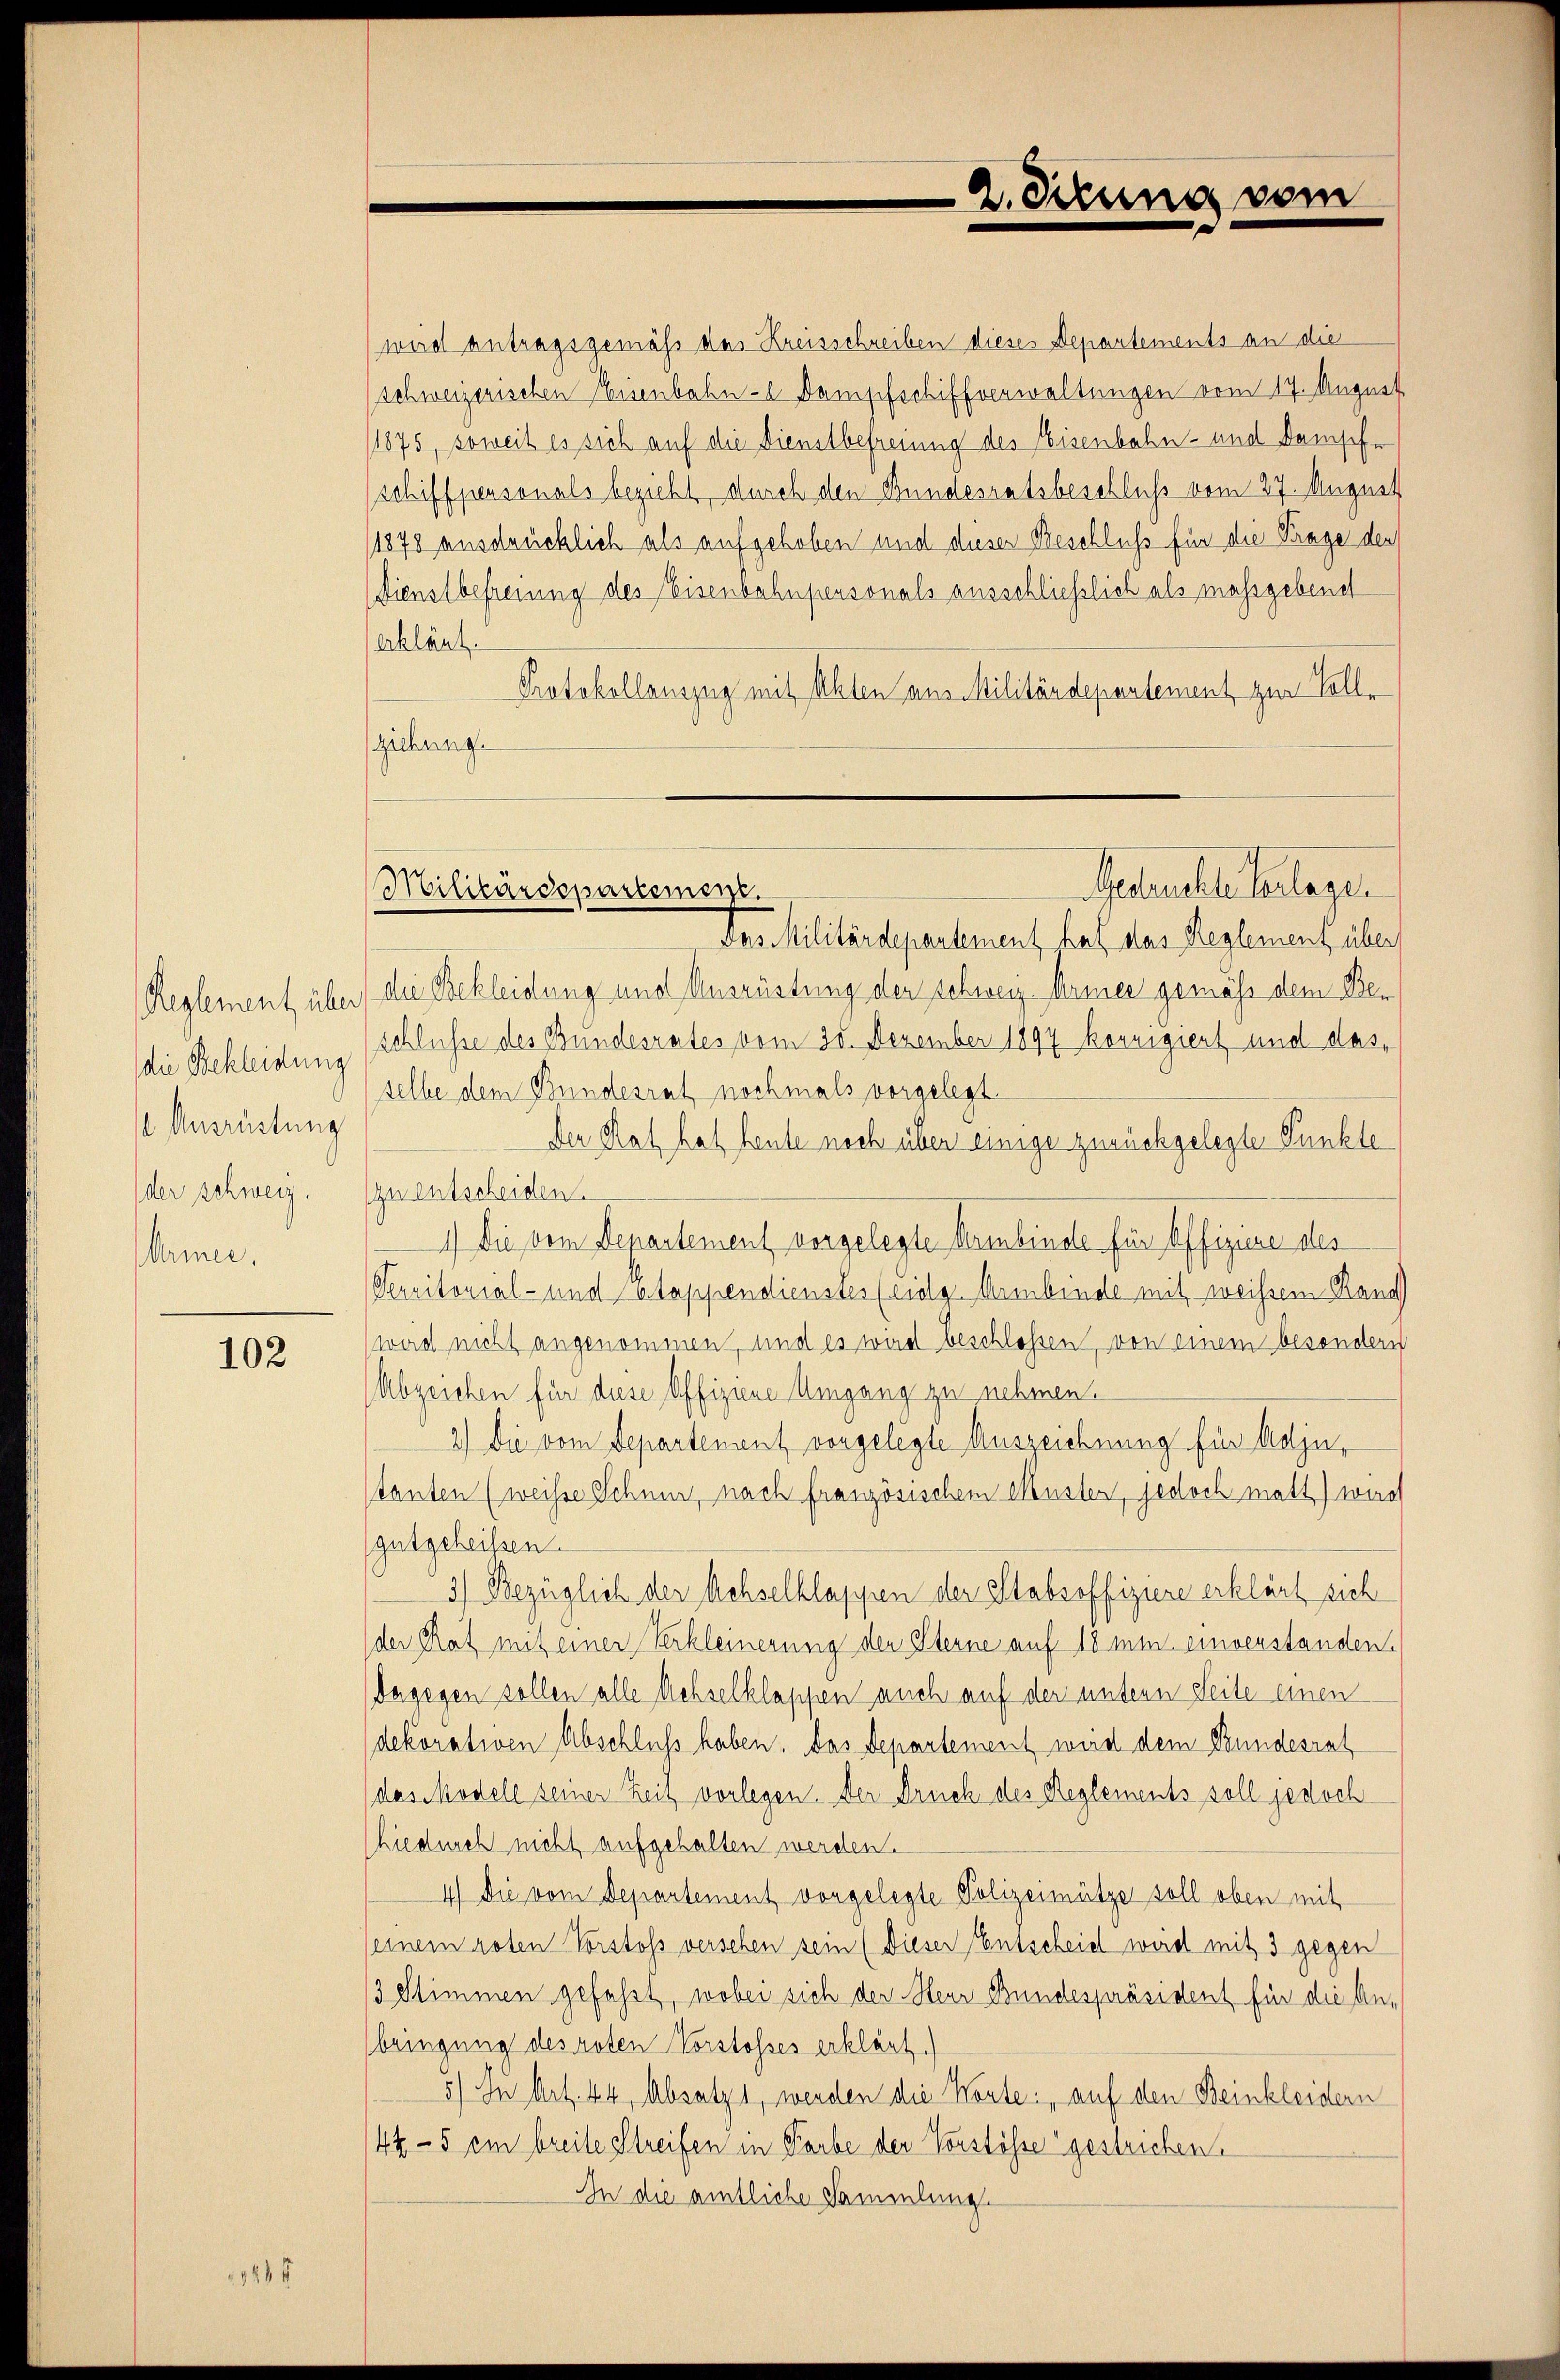
/ Ausrüstung
Armee.

102

wird antragsgemäß das Kreisschreiben dieses Departements an die
schweizerischen Eisenbahn- u. Dampfschiffverwaltungen vom 17. August
1875, soweit es sich auf die Dienstbefreiung des Eisenbahn- und kamschr
schiffpensonals bezieht, durch den Bundesratsbeschluß vom 27. August
1878 ausdrücklich als aufgehoben und dieser Beschluß für die Frage ders
Dienstbefreiung des Eisenbahnpersonals ausschließlich als massgebene
eklärt.
Protokollauszug mit Ahlen aus Militärdepartement zur Vollziehung.

2. Sekung vom

Des Militärdepartement hat das Reglement über
Reglement über die Bekleidung und Ausrüstung der schweiz Armee gemäss dem Ber
die Bekleidung (Schlüsse des Bundesrates vom 25. Dezember 1894 korrigiert und das,
selbe dem Bundesrat nochmals vorgelegt.
Der Rat hat heute noch über einige zurückgelegte Punkte
der schweiz. (zu entscheiden.
1.) Die vom Departement vorgelegte Armbinde für Offiziere des
Serritorial- und Etappendienstes (cidlg. Anbinde mit weisem Rang
(weid nicht angenommen, und es wird beschlossen, von einem besondern
Abzeichen für diese Offiziene Umgang zu nehmen.
2.) Die vom Departement vorgelegte Auszeichnung für Adjustanten (weisse Schner, nach französischem Muster, jedoch matt) wird
(gutgeheissen.
3) Bezüglich der Achselklappen der Stabsoffiziere erklärt sich
der Rat mit einer Verkleinerung der Sterne auf 18 min einverstanden.
dagegen sollen alle Achselklappen auch auf der untern Seite einen
dekorativen Abschluß haben. Das Departement wird dem Bundesrat
(das Modele seiner Zeit vorlegen. Der Druck des Reglements soll jedoch
hiedurch nicht aufgehalten werden.
4) Die vom Departement vorgelegte Polizeimütze soll oben mit
einem roten Vorstoss versehen sein (Dieser Entscheid wird mit 3 gegen
13 Stimmen gefasst, wobei sich der Heur Bundespräsident für die Anbringung des roten Vorstosses erklärt.
5) In Art. 44, Absetzt, werden die Worte: auf den Beinkleidern
44 - 5 cm breite Streifen in Farbe der Vorstösse gestrichen.
In die amtliche Sammlung

Gesbruchte Verlage.
Militärdepartemen.